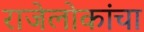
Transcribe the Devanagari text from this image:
राजेलोकांचा